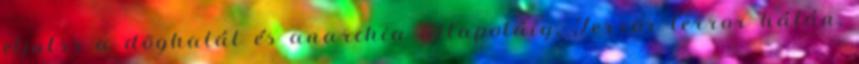
eljutss a döghalál és anarchia állapotáig. Terror terror hátán,